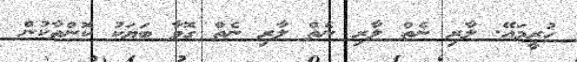
ހުރީމައޭ. ލާރި ނެތް ލާރި ނެތް ލާރި ނެތް ގޮވާ ބަޔަކު ކޮންތާކުން